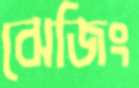
ঝেজিং